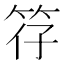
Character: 𫁻